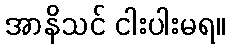
အာနိသင် ငါးပါးမရ။